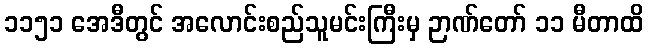
၁၁၅၁ အေဒီတွင် အလောင်းစည်သူမင်းကြီးမှ ဉာဏ်တော် ၁၁ မီတာထိ